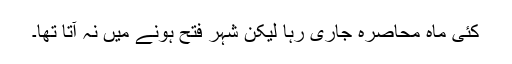
کئی ماہ محاصرہ جاری رہا لیکن شہر فتح ہونے میں نہ آتا تھا۔